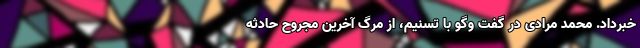
خبرداد. محمد مرادی در گفت وگو با تسنیم، از مرگ آخرین مجروح حادثه